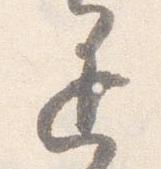
退